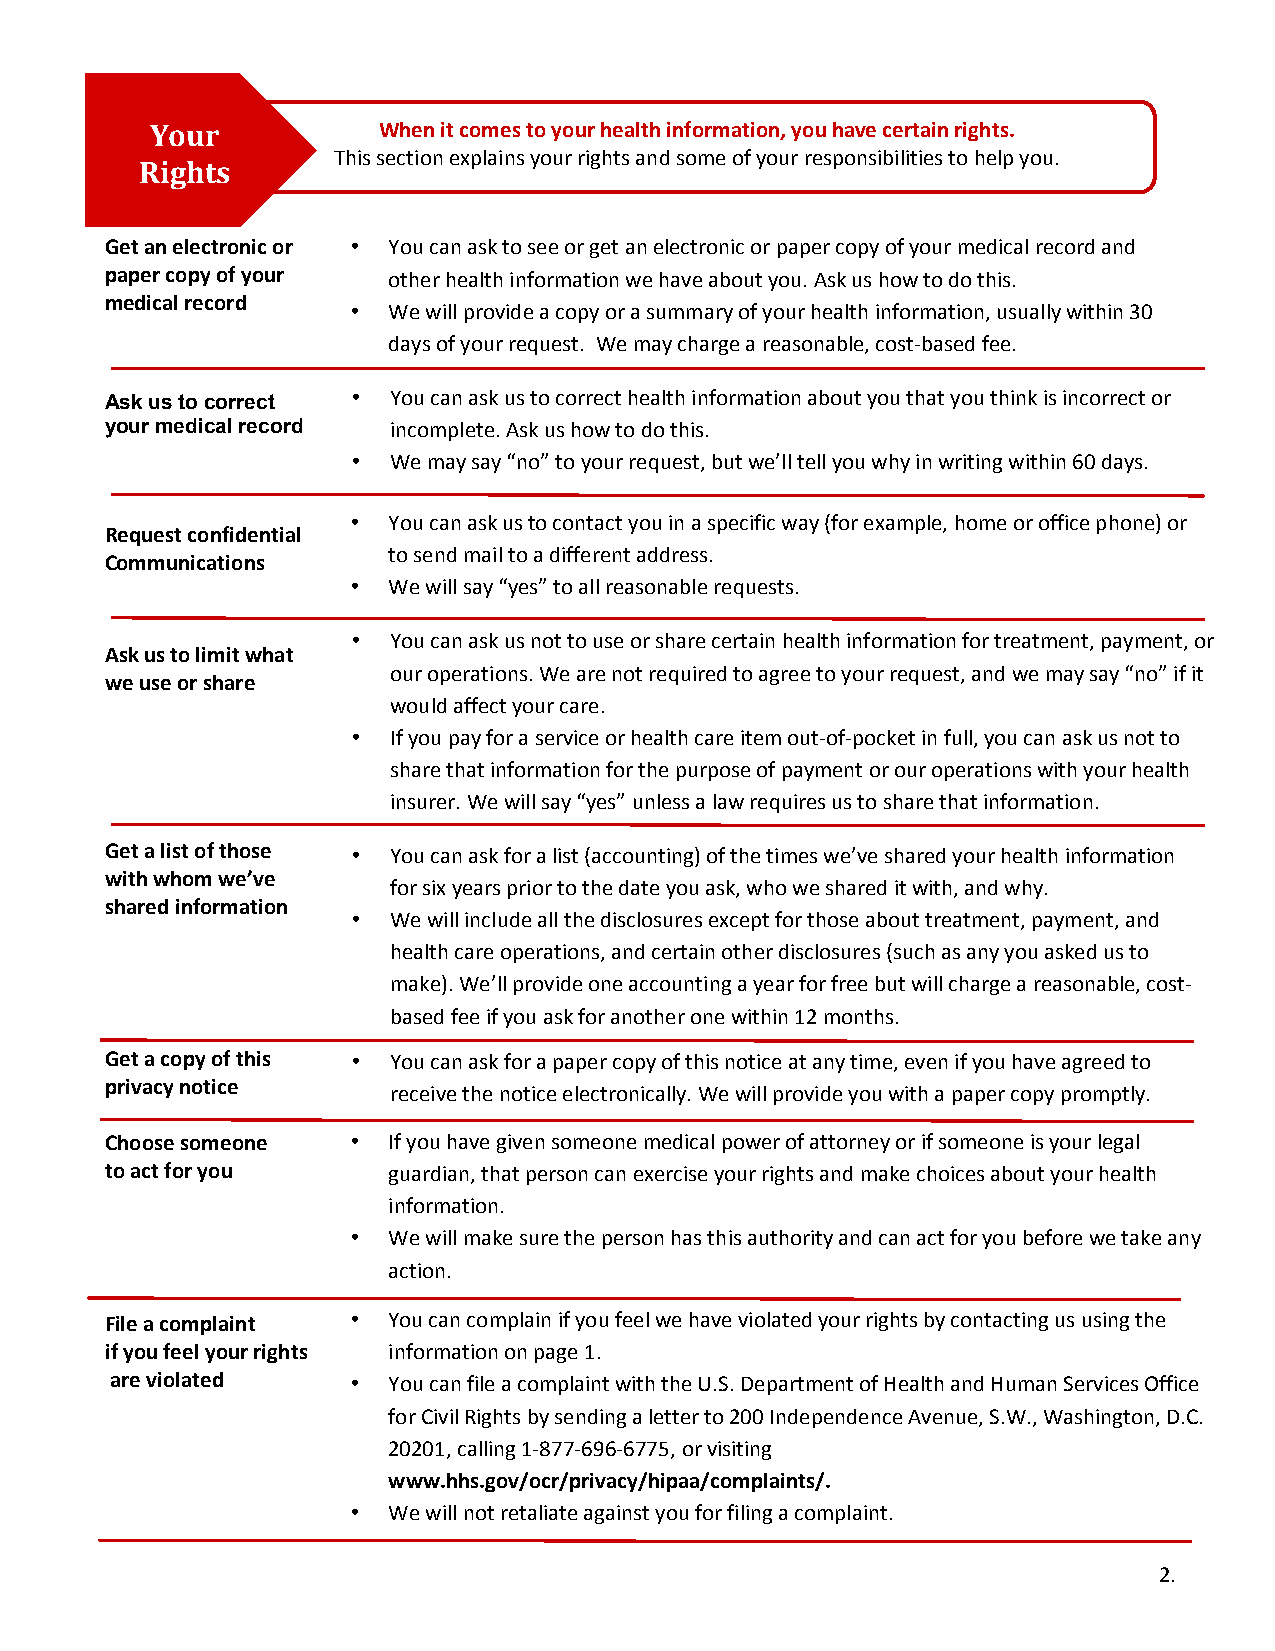
Your           When it comes to your health information, you have certain rights.
 This section explains your rights and some of your responsibilities to help you.
 Rights
 Get an electronic or • You can ask to see or get an electronic or paper copy of your medical record and
 paper copy of your other health information we have about you. Ask us how to do this.
 medical record
 •  We will provide a copy or a summary of your health information, usually within 30
 days of your request. We may charge a reasonable, cost-based fee.
 Ask us to correct • You can ask us to correct health information about you that you think is incorrect or
 your medical record incomplete. Ask us how to do this.
 •  We may say “no” to your request, but we’ll tell you why in writing within 60 days.
 •  You can ask us to contact you in a specific way (for example, home or office phone) or
 Request confidential
 to send mail to a different address.
 Communications
 •  We will say “yes” to all reasonable requests.
 •  You can ask us not to use or share certain health information for treatment, payment, or
 Ask us to limit what
 our operations. We are not required to agree to your request, and we may say “no” if it
 we use or share
 would affect your care.
 •  If you pay for a service or health care item out-of-pocket in full, you can ask us not to
 share that information for the purpose of payment or our operations with your health
 insurer. We will say “yes” unless a law requires us to share that information.
 Get a list of those • You can ask for a list (accounting) of the times we’ve shared your health information
 with whom we’ve
 for six years prior to the date you ask, who we shared it with, and why.
 shared information
 •  We will include all the disclosures except for those about treatment, payment, and
 health care operations, and certain other disclosures (such as any you asked us to
 make). We’ll provide one accounting a year for free but will charge a reasonable, cost-
 based fee if you ask for another one within 12 months.
 Get a copy of this • You can ask for a paper copy of this notice at any time, even if you have agreed to
 privacy notice
 receive the notice electronically. We will provide you with a paper copy promptly.
 Choose someone  •  If you have given someone medical power of attorney or if someone is your legal
 to act for you     guardian, that person can exercise your rights and make choices about your health
 information.
 •  We will make sure the person has this authority and can act for you before we take any
 action.
 File a complaint • You can complain if you feel we have violated your rights by contacting us using the
 if you feel your rights information on page 1.
 are violated    •  You can file a complaint with the U.S. Department of Health and Human Services Office
 for Civil Rights by sending a letter to 200 Independence Avenue, S.W., Washington, D.C.
 20201, calling 1-877-696-6775, or visiting
 www.hhs.gov/ocr/privacy/hipaa/complaints/.
 •  We will not retaliate against you for filing a complaint.
 2.